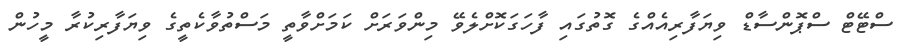
ސްޓޭޓް ސްޕޮންސާޑް ވިޔަފާރިއެއްގެ ގޮތުގައި ފާހަގަކޮށްލެވޭ މިންވަރަަށް ކަމަށްވާތީ މަސްތުވާކެތީގެ ވިޔަފާރިކުރާ މީހުން